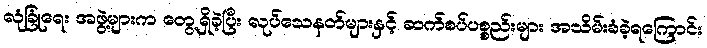
လုံခြုံရေး အဖွဲ့များက တွေ့ရှိခဲ့ပြီး လုပ်သေနတ်များနှင့် ဆက်စပ်ပစ္စည်းများ အသိမ်းခံခဲ့ရကြောင်း